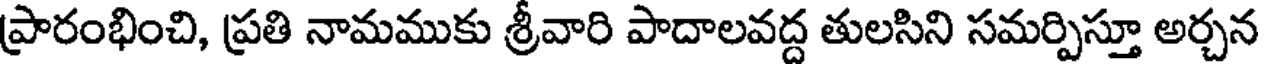
ప్రారంభించి, ప్రతి నామముకు శ్రీవారి పాదాలవద్ద తులసిని సమర్పిస్తూ అర్చన